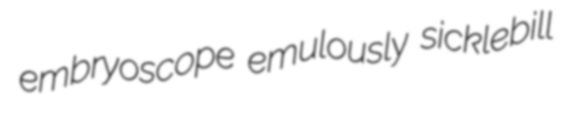
embryoscope emulously sicklebill